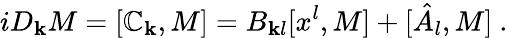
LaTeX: iD_{\mathbf{k}}M=[\mathbb{C}_{\mathbf{k}},M]=B_{\mathbf{k}l}[x^{l},M]+[\hat{{A}}_{l},M]\ .